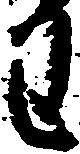
わ